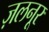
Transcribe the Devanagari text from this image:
ज़लनूर